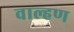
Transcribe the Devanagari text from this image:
वाल्हण